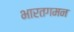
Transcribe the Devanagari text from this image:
भारतगमन